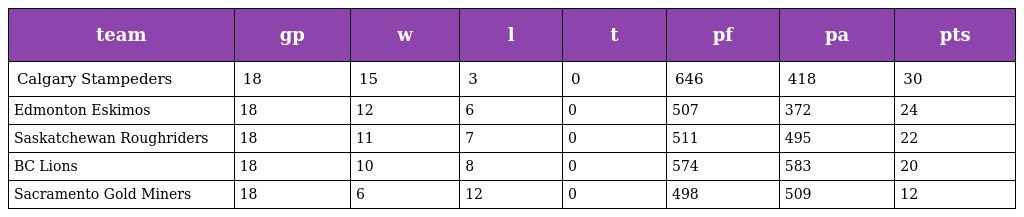
| team | gp | w | l | t | pf | pa | pts |
 | --- | --- | --- | --- | --- | --- | --- | --- |
 | Calgary Stampeders | 18 | 15 | 3 | 0 | 646 | 418 | 30 |
 | Edmonton Eskimos | 18 | 12 | 6 | 0 | 507 | 372 | 24 |
 | Saskatchewan Roughriders | 18 | 11 | 7 | 0 | 511 | 495 | 22 |
 | BC Lions | 18 | 10 | 8 | 0 | 574 | 583 | 20 |
 | Sacramento Gold Miners | 18 | 6 | 12 | 0 | 498 | 509 | 12 |